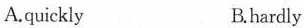
A.quickly B.hardly